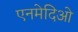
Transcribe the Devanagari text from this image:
एनमेदिओ